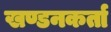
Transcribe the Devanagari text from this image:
खण्डनकर्ता